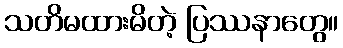
သတိမထားမိတဲ့ ပြဿနာတွေ။